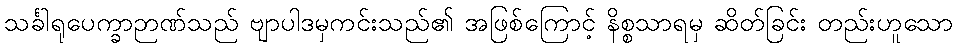
သင်္ခါရုပေက္ခာဉာဏ်သည် ဗျာပါဒမှကင်းသည်၏ အဖြစ်ကြောင့် နိစ္စသာရမှ ဆိတ်ခြင်း တည်းဟူသော